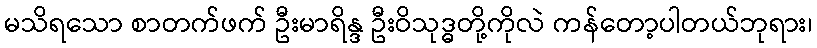
မသိရသော စာတက်ဖက် ဦးမာရိန္ဒ ဦးဝိသုဒ္ဓတို့ကိုလဲ ကန်တော့ပါတယ်ဘုရား၊